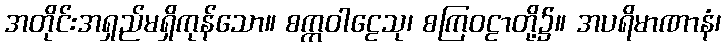
အတိုင်းအရှည်မရှိကုန်သော။ စက္ကဝါဠေသု၊ စကြဝဠာတို့၌။ အပရိမာဏာနံ၊